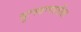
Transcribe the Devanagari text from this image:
दुःस्वप्नातील